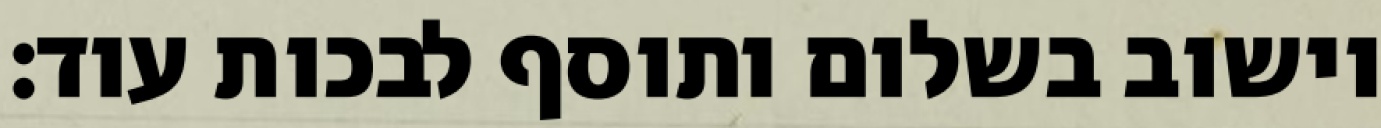
וישוב בשלום ותוסף לבכות עוד: